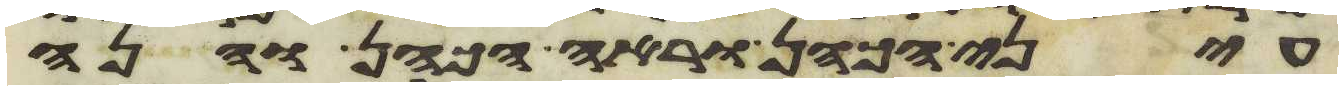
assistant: עיני הכהן וראה הכהן והנה